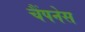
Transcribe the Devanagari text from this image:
चैंपनेस